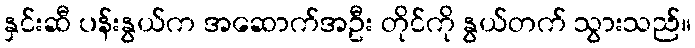
နှင်းဆီ ပန်းနွယ်က အဆောက်အဦး တိုင်ကို နွယ်တက် သွားသည်။